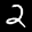
Label: 2